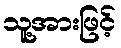
သူ့အားဖြင့်